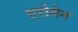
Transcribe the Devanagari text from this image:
एरोगेन